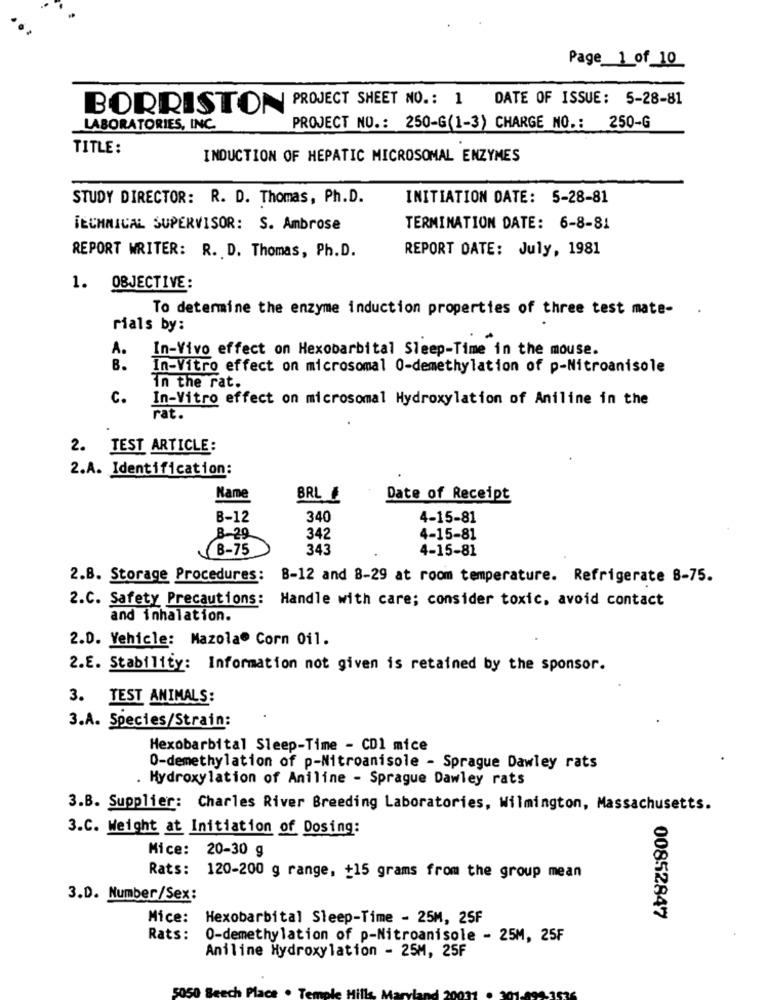
Page 1 of 10
BORRISTON PROJECT SHEET NO .: 1 DATE OF ISSUE: 5-28-81
LABORATORIES, INC.
PROJECT NO .: 250-G(1-3) CHARGE NO .: 250-G
TITLE:
INDUCTION OF HEPATIC MICROSOMAL ENZYMES
STUDY DIRECTOR: R. D. Thomas, Ph.D.
INITIATION DATE: 5-28-81
TECHNICAL SUPERVISOR: S. Ambrose
TERMINATION DATE: 6-8-81
REPORT DATE: July, 1981
REPORT WRITER: R. D. Thomas, Ph.D.
1.
OBJECTIVE:
To determine the enzyme induction properties of three test mate- .
rials by:
A.
In-Vivo effect on Hexobarbital Sleep-Time in the mouse.
B.
In-Vitro effect on microsomal 0-demethylation of p-Nitroanisole
In the rat.
c.
In-Vitro effect on microsomal Hydroxylation of Aniline in the
rat.
2. TEST ARTICLE:
2.A. Identification:
Name
BRL 1
Date of Receipt
B-12
340
4-15-81
B-29
342
4-15-81
B-75
343
4-15-81
2.B. Storage Procedures: B-12 and 8-29 at room temperature. Refrigerate 8-75.
2.C. Safety Precautions: Handle with care; consider toxic, avoid contact
and inhalation.
2.D. Vehicle: Mazola® Corn Oil.
2.E. Stability: Information not given is retained by the sponsor.
3. TEST ANIMALS:
3.A. Species/Strain:
Hexobarbital Sleep-Time - CD1 mice
O-demethylation of p-Nitroanisole - Sprague Dawley rats
. Hydroxylation of Aniline - Sprague Dawley rats
3.B. Supplier: Charles River Breeding Laboratories, Wilmington, Massachusetts.
3.C. Weight at Initiation of Dosing:
Mice: 20-30 g
Rats: 120-200 g range, +15 grams from the group mean
3.D. Number/Sex:
Mice: Hexobarbital Sleep-Time - 25M, 25F
00852847
Rats:
0-demethylation of p-Nitroanisole - 25M, 25F
Aniline Hydroxylation - 25M, 25F
5050